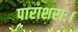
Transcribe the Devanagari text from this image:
पाराशराः।